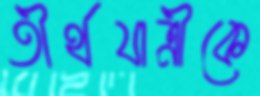
তীর্থযাত্রীকে